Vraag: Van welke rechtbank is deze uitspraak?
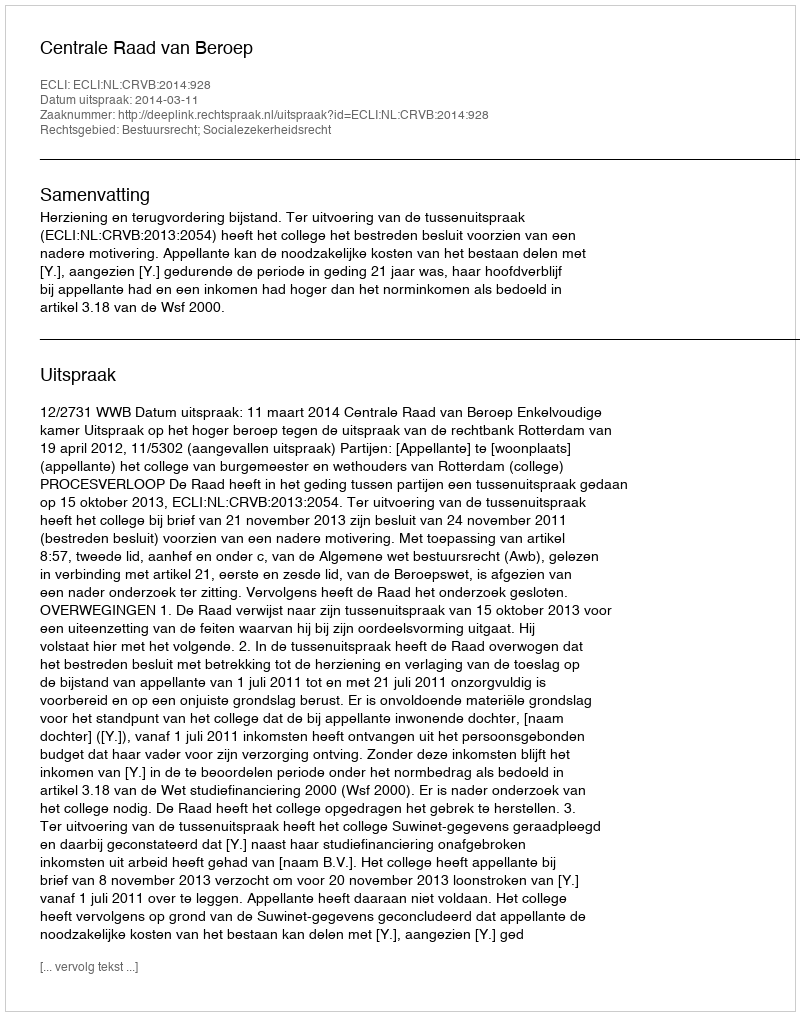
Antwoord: Centrale Raad van Beroep